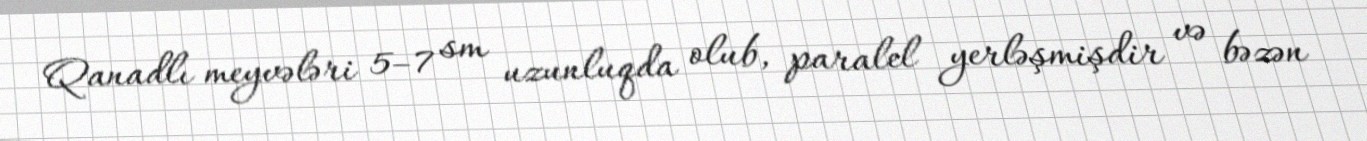
Qanadlı meyvələri 5–7 sm uzunluqda olub, paralel yerləşmişdir və bəzən